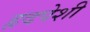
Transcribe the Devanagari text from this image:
हृदपेशी